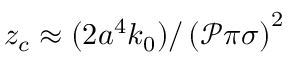
z _ { c } \approx ( 2 a ^ { 4 } k _ { 0 } ) / \left( \mathcal { P } \pi \sigma \right) ^ { 2 }